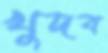
খুদব